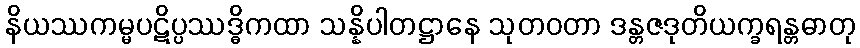
နိယဿကမ္မပဋိပ္ပဿဒ္ဓိကထာ သန္နိပါတဋ္ဌာနေ သုတဝတာ ဒန္တဇဒုတိယက္ခရန္တဓာတု